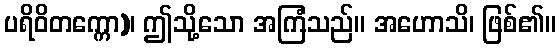
ပရိဝိတက္ကော)၊ ဤသို့သော အကြံသည်။ အဟောသိ၊ ဖြစ်၏။